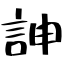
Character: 訷